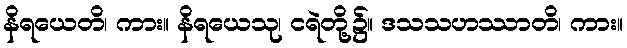
နိရယေတိ၊ ကား။ နိရယေသု၊ ငရဲတို့၌။ ဒသသဟဿာတိ၊ ကား။